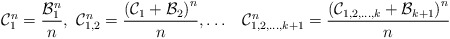
\begin{align*}\mathcal{C}_{1}^{n}=\frac{\mathcal{B}_{1}^{n}}{n},\thinspace\thinspace\mathcal{C}_{1,2}^{n}=\frac{\left(\mathcal{C}_{1}+\mathcal{B}_{2}\right)^{n}}{n},\dots\,\,\,\,\,\mathcal{C}_{1,2,\dots,k+1}^{n}=\frac{\left(\mathcal{C}_{1,2,\dots,k}+\mathcal{B}_{k+1}\right)^{n}}{n}\end{align*}